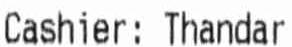
CASHIER: THANDAR